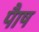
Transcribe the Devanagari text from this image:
पाैष